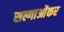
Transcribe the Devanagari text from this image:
सल्गाओंकर